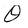
Character: O